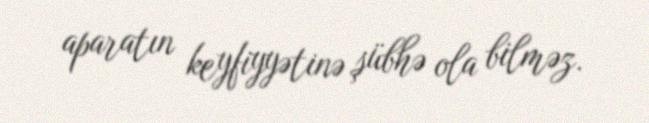
aparatın keyfiyyətinə şübhə ola bilməz.